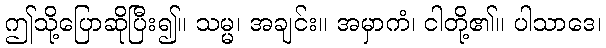
ဤသို့ပြောဆိုပြီး၍။ သမ္မ၊ အချင်း။ အမှာကံ၊ ငါတို့၏။ ပါသာဒေ၊